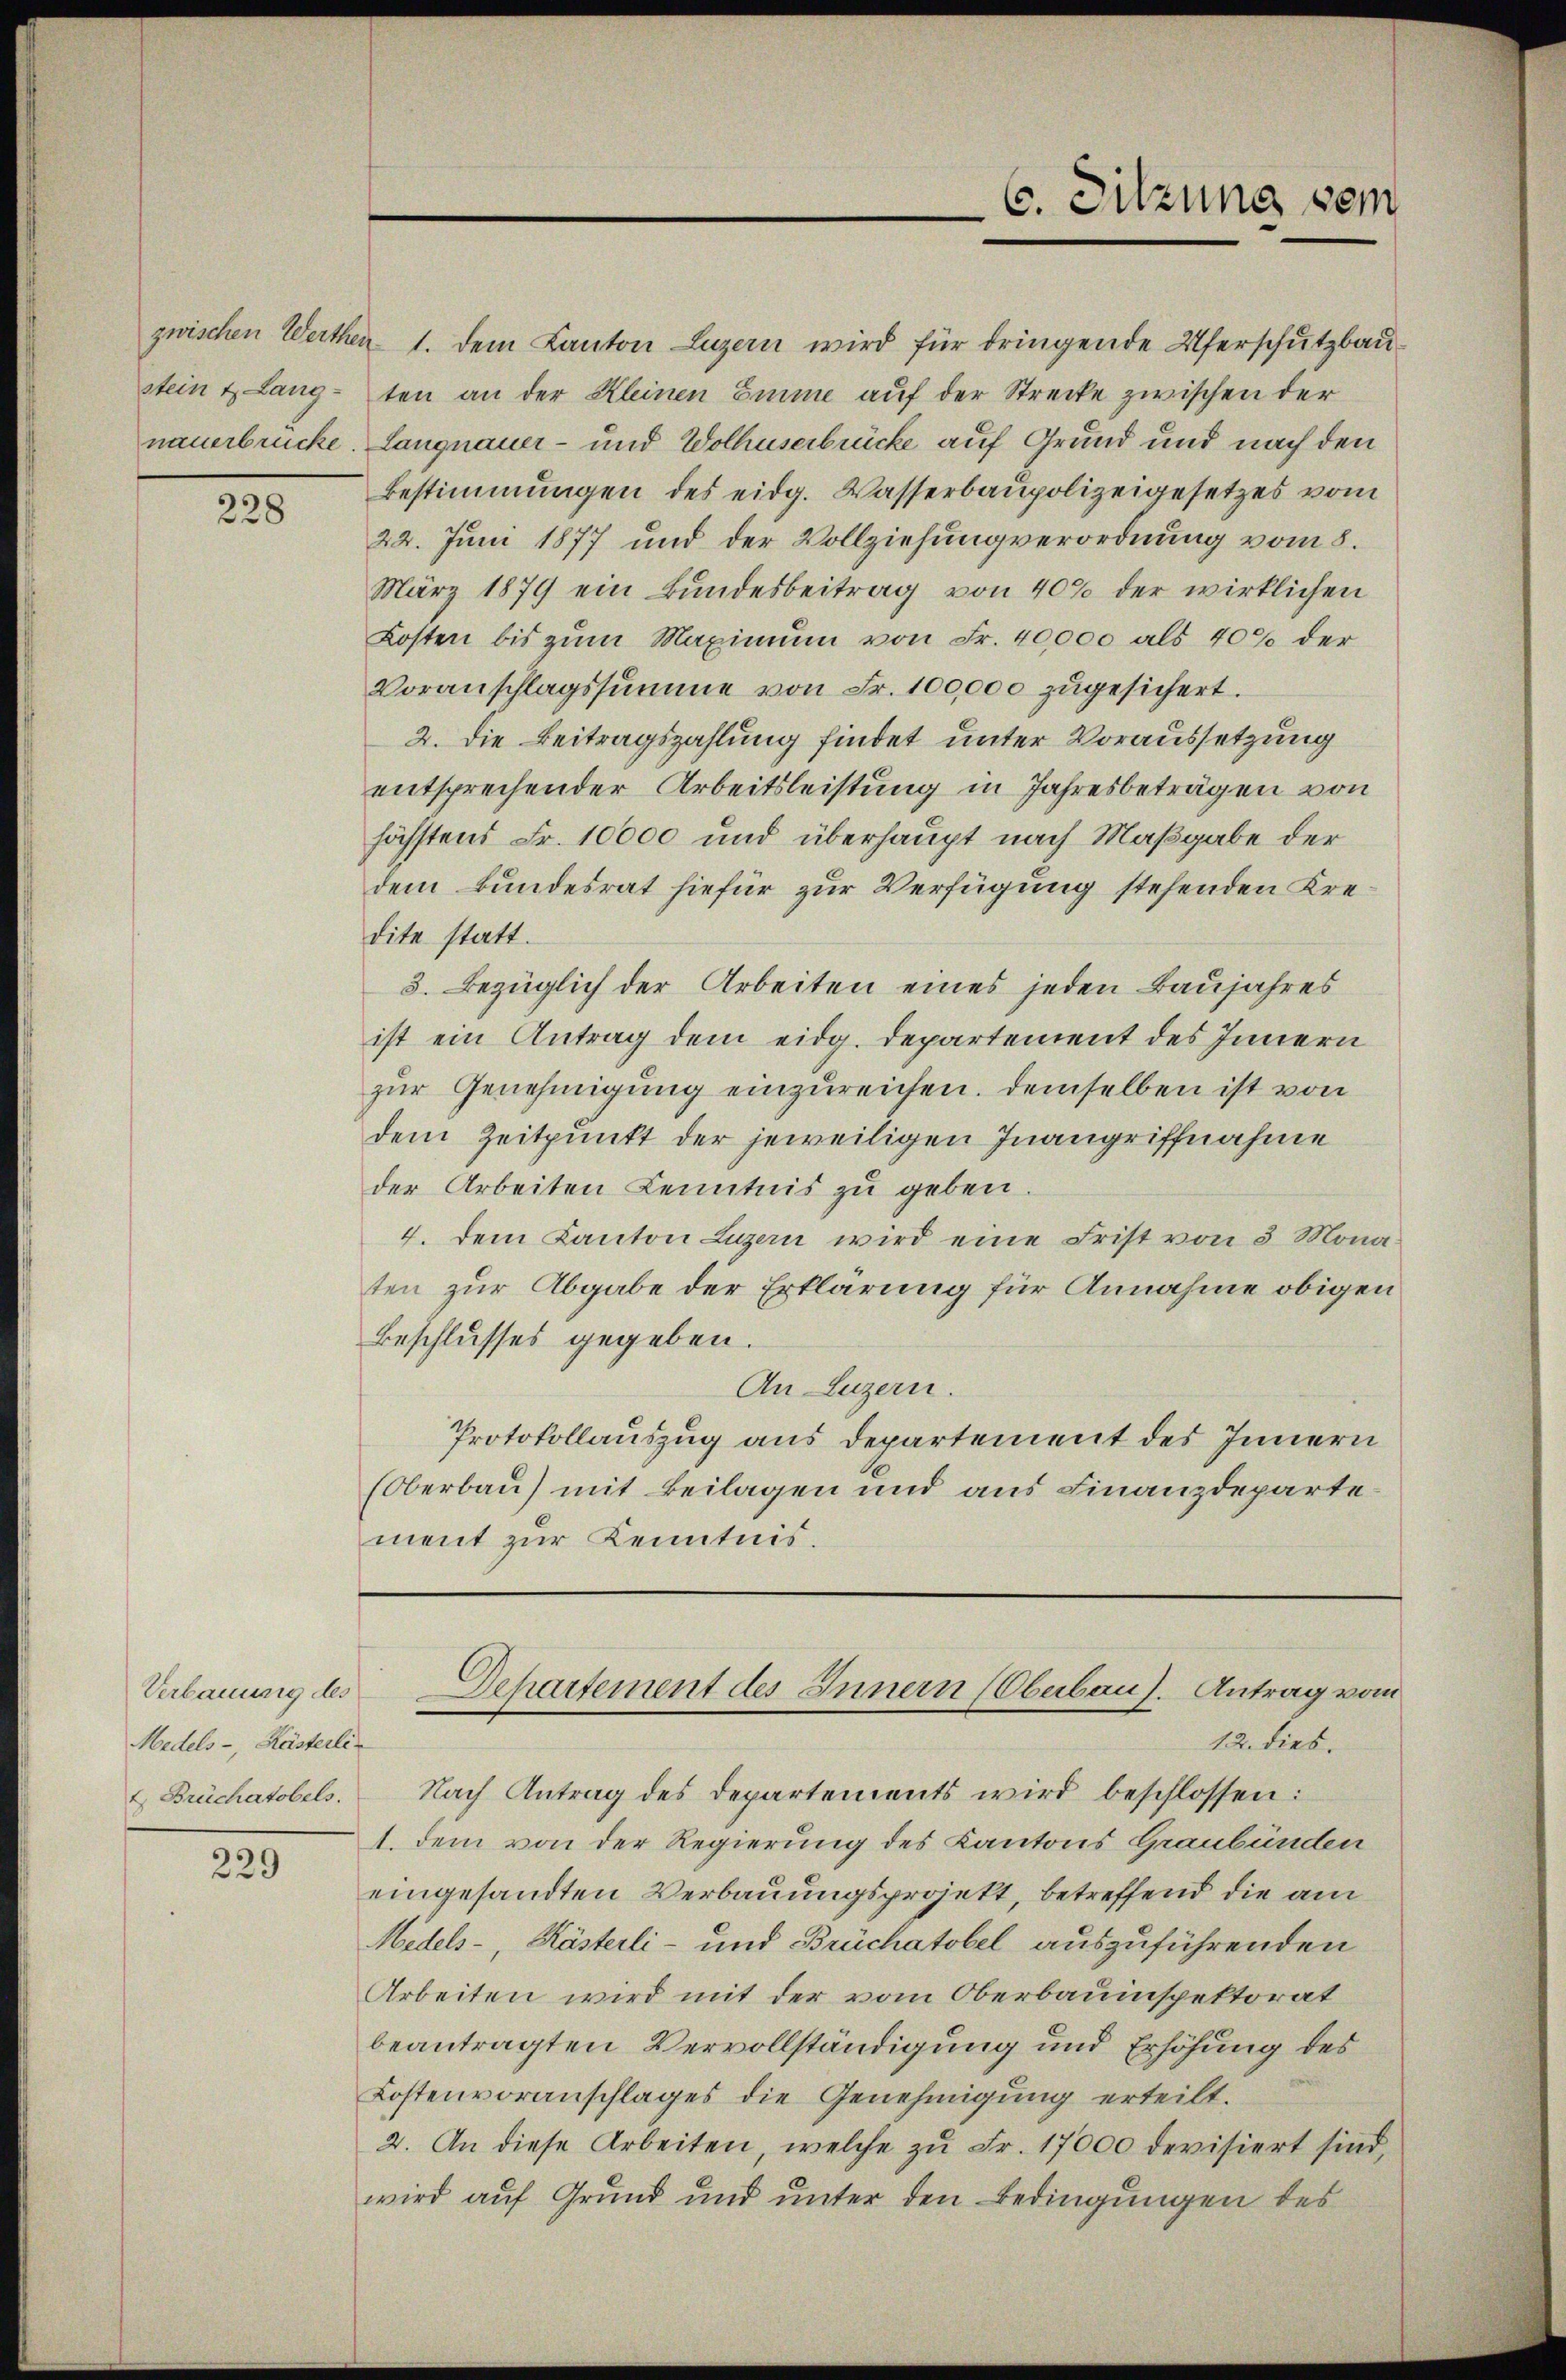
stein & Langnauerbrücke.

228

Verbauung des
Medels-, Kästerli

229

zwischen Werthen 1. dem Kanton Luzern wird für dringende Uferschutzbauten an der Kleinen Emme auf der Strecke zwischen der
Langnauer- und Wolhuserbrücke auf Grund und nach den
Bestimmungen des eidg. Wasserbaupolizeigesetzes vom
22. Juni 1877 und der Vollziehung verordnung vom 8.
März 1879 ein Bundesbeitrag von 40% der wirklichen
Kosten bis zŭm Maximum von Fr. 40000 als 40% der
Voranschlagssumme von Fr. 100,000 zugesichert.
2. Die Beitragszahlung findet unter Voraussetzung
entsprechender Arbeitsleistung in Jahresbeträgen von
höchstens Fr. 10000 und überhaupt nach Maßgabe der
dem Bundesrat hiefür zur Verfügung stehenden Kredite statt.
3. Bezüglich der Arbeiten eines jeden Baujahres
ist ein Antrag dem eidg. Departement des Innern
zur Genehmigung einzureichen. Demselben ist von
dem Zeitpunkt der jeweiligen Inangriffnahme
der Arbeiten Kenntnis zu geben.
4. dem Kanton Luzern wird eine Frist von 3 Monaten zur Abgabe der Erklärung für Annahme obigen
Beschlusses gegeben.
An Luzern.
Protokollauszug aus Departement des Innern
(Oberbau) mit Beilagen und aus Finanzdepartement zur Kenntnis.

C. Sitzung sein

Departement des Innern (Oberbaus. Antrag vom

12. dies.
4 Brüchatobels. Nach Antrag des Departements wird beschlossen:
1. dem von der Regierung des Kantons Graubünden
eingesandten Verbauungsprojekt, betreffend die am
Midels-, Kästerli- und Brüchatobel auszuführenden
Arbeiten wird mit der vom Oberbauinspektorat
beantragten Vervollständigung und Erhöhung des
Kostenvoranschlages die Genehmigung erteilt.
2. An diese Arbeiten, welche zu Fr. 17000 devisiert sind,
wird auf Grund und unter den Bedingungen des